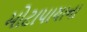
મોટાપાયાના